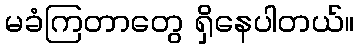
မခံကြတာတွေ ရှိနေပါတယ်။